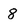
Character: 8